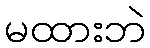
မထားဘဲ